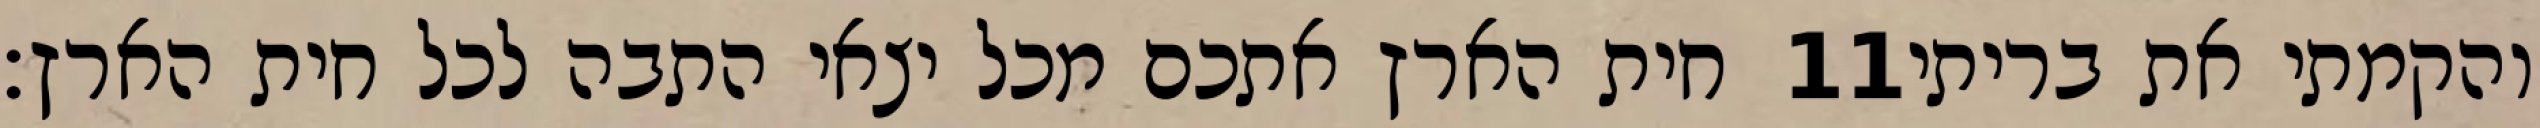
חית הארץ אתכם מכל יצאי התבה לכל חית הארץ׃ ‎11‏ והקמתי את בריתי